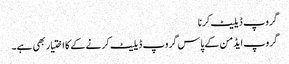
گروپ ڈیلیٹ کرنا
گروپ ایڈمن کے پاس گروپ ڈیلیٹ کرنے کے کا اختیار بھی ہے۔